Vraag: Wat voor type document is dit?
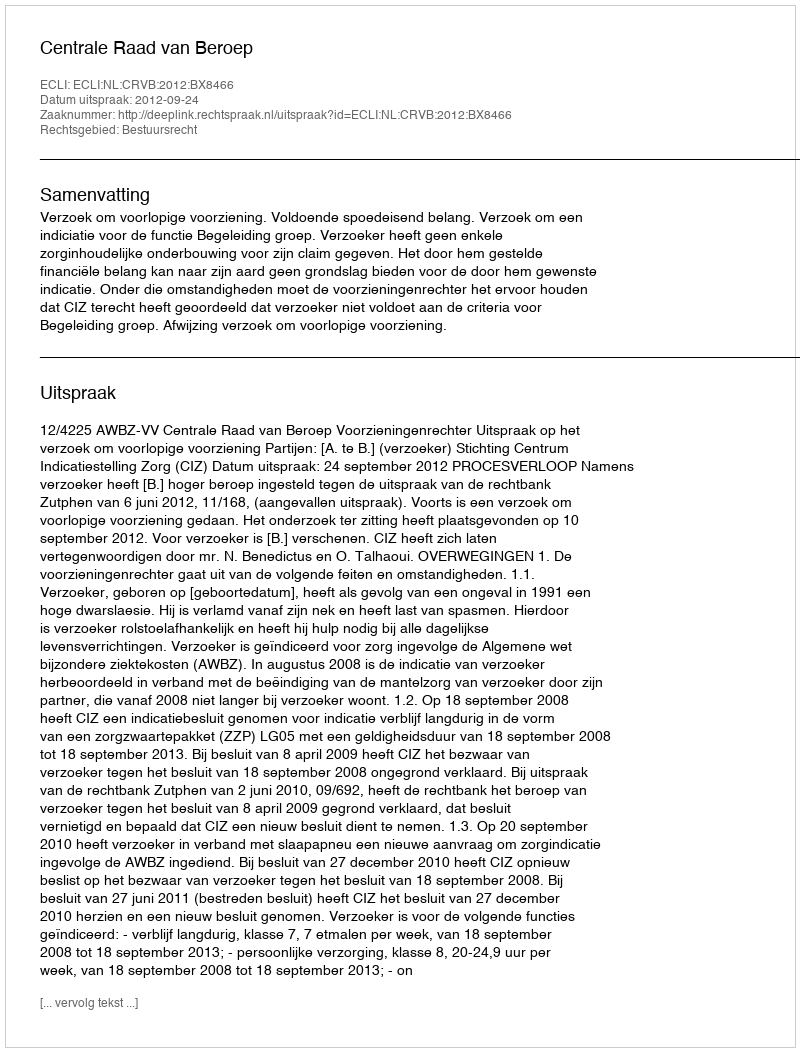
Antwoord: Uitspraak